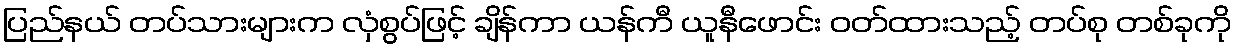
ပြည်နယ် တပ်သားများက လှံစွပ်ဖြင့် ချိန်ကာ ယန်ကီ ယူနီဖောင်း ဝတ်ထားသည့် တပ်စု တစ်ခုကို